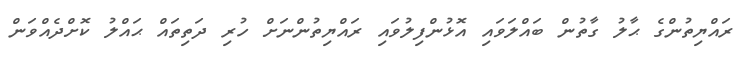
ރައްޔިތުންގެ ޙާލު ގާތުން ބައްލަވައި އޮޅުންފިލުވައި ރައްޔިތުންނަށް ހުރި ދަތިތައް ޙައްލު ކޮށްދެއްވަން